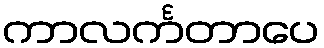
ကာလင်္ကတာပေ